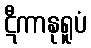
ဋီကာနုရူပံ